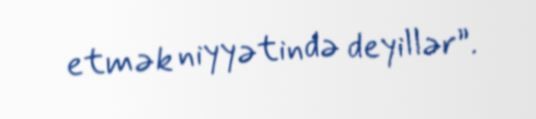
etmək niyyətində deyillər”.